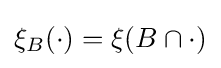
\xi _{B}(\cdot )=\xi (B\cap \cdot )